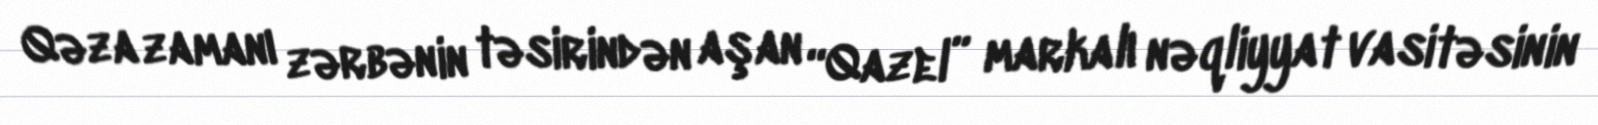
Qəza zamanı zərbənin təsirindən aşan “Qazel” markalı nəqliyyat vasitəsinin